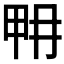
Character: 𤱋